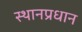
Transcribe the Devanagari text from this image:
स्थानप्रधान